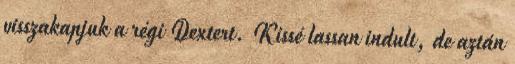
visszakapjuk a régi Dextert. Kissé lassan indult, de aztán